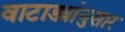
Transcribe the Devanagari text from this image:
वाटाड्यांनुसार